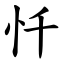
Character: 忏